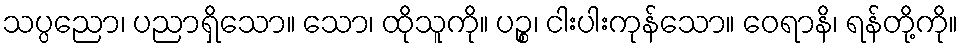
သပ္ပညော၊ ပညာရှိသော။ သော၊ ထိုသူကို။ ပဉ္စ၊ ငါးပါးကုန်သော။ ဝေရာနိ၊ ရန်တို့ကို။